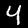
Label: 4